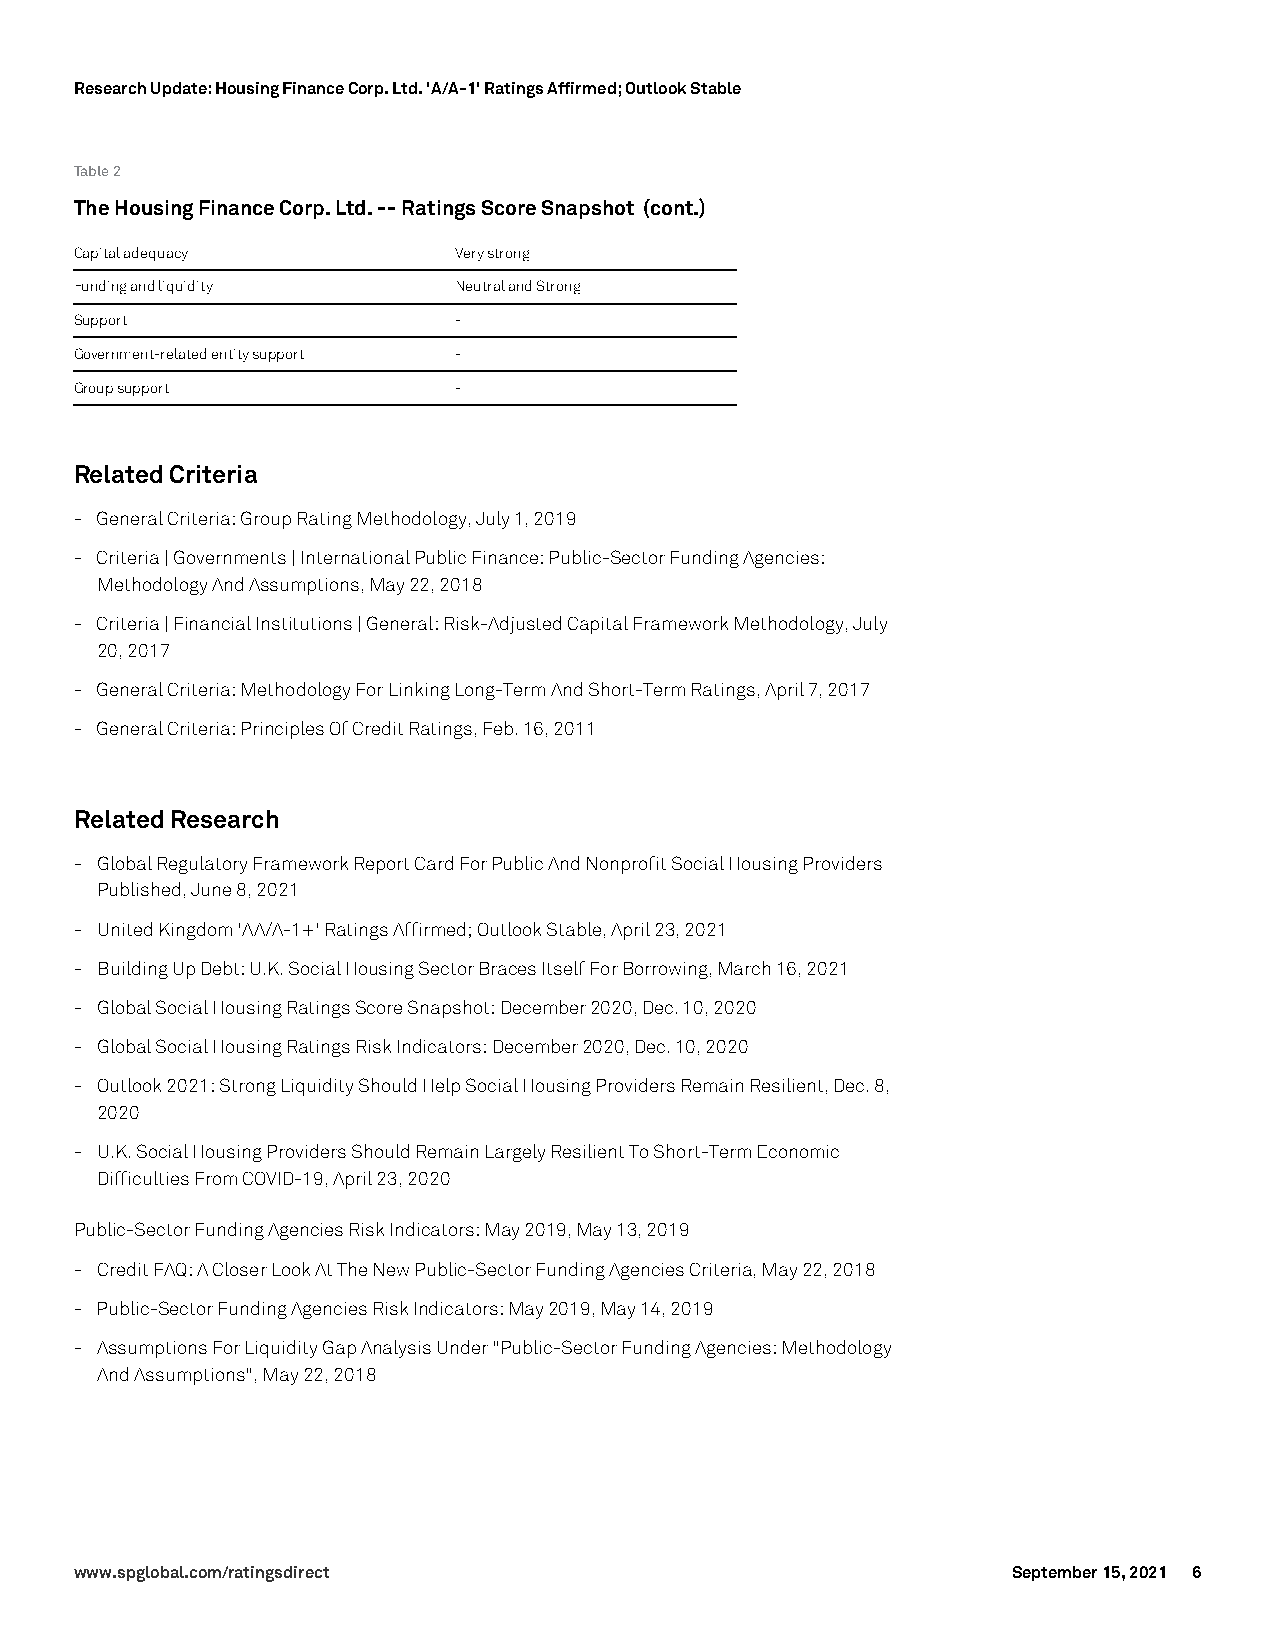
Research Update: Housing Finance Corp. Ltd. 'A/A-1' Ratings Affirmed; Outlook Stable
 Table2
 TheHousingFinanceCorp.Ltd.--RatingsScoreSnapshot (cont.)
 Capitaladequacy          Verystrong
 Fundingandliquidity      NeutralandStrong
 Support                  -
 Government-relatedentitysupport -
 Groupsupport             -
 RelatedCriteria
 - GeneralCriteria:GroupRatingMethodology,July1,2019
 - Criteria|Governments|InternationalPublicFinance:Public-SectorFundingAgencies:
 MethodologyAndAssumptions,May22,2018
 - Criteria|FinancialInstitutions|General:Risk-AdjustedCapitalFrameworkMethodology,July
 20,2017
 - GeneralCriteria:MethodologyForLinkingLong-TermAndShort-TermRatings,April7,2017
 - GeneralCriteria:PrinciplesOfCreditRatings,Feb.16,2011
 RelatedResearch
 - GlobalRegulatoryFrameworkReportCardForPublicAndNonprofitSocialHousingProviders
 Published,June8,2021
 - UnitedKingdom'AA/A-1+'RatingsAffirmed;OutlookStable,April23,2021
 - BuildingUpDebt:U.K.SocialHousingSectorBracesItselfForBorrowing,March16,2021
 - GlobalSocialHousingRatingsScoreSnapshot:December2020,Dec.10,2020
 - GlobalSocialHousingRatingsRiskIndicators:December2020,Dec.10,2020
 - Outlook2021:StrongLiquidityShouldHelpSocialHousingProvidersRemainResilient,Dec.8,
 2020
 - U.K.SocialHousingProvidersShouldRemainLargelyResilientToShort-TermEconomic
 DifficultiesFromCOVID-19,April23,2020
 Public-SectorFundingAgenciesRiskIndicators:May2019,May13,2019
 - CreditFAQ:ACloserLookAtTheNewPublic-SectorFundingAgenciesCriteria,May22,2018
 - Public-SectorFundingAgenciesRiskIndicators:May2019,May14,2019
 - AssumptionsForLiquidityGapAnalysisUnder"Public-SectorFundingAgencies:Methodology
 AndAssumptions",May22,2018
 www.spglobal.com/ratingsdirect                                September 15, 2021 6